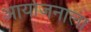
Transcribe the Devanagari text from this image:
आयोजनाला